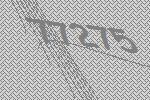
77275